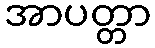
အာပတ္တာ